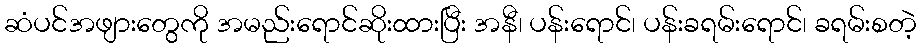
ဆံပင်အဖျားတွေကို အမည်းရောင်ဆိုးထားပြီး အနီ၊ ပန်းရောင်၊ ပန်းခရမ်းရောင်၊ ခရမ်းစတဲ့